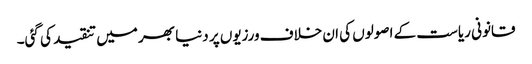
قانونی ریاست کے اصولوں کی ان خلاف ورزیوں پر دنیا بھر میں تنقید کی گئی۔